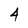
Character: 4